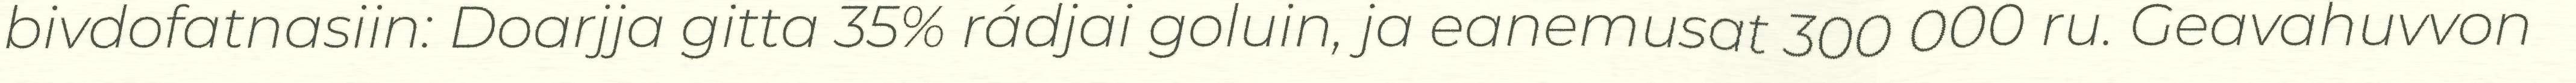
bivdofatnasiin: Doarjja gitta 35% rádjai goluin, ja eanemusat 300 000 ru. Geavahuvvon